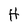
Character: H